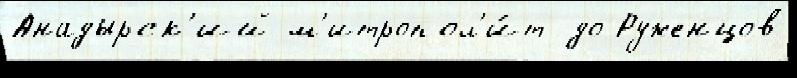
Анадырск'ий м'итропол'и́т до Руженцов